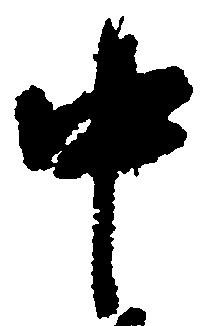
中